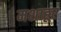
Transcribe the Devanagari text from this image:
मशाहूर